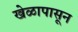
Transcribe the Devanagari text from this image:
खेळापासून